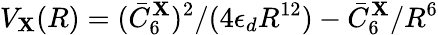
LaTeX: V_{\mathbf{X}}(R)=(\bar{{C}}_{6}^{\mathbf{X}})^{2}/(4\epsilon_{d}R^{12})-\bar{{C}}_{6}^{\mathbf{X}}/R^{6}